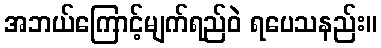
အဘယ်ကြောင့်မျက်ရည်ဝဲ ရပေသနည်း။